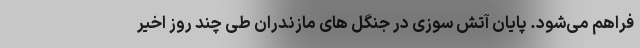
فراهم می‌شود. پایان آتش سوزی در جنگل های مازندران طی چند روز اخیر